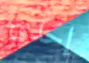
إحدى